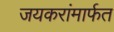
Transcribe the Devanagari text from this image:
जयकरांमार्फत